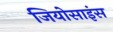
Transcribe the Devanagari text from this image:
जियोसाइंस